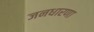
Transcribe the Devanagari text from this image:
जनधारणा